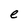
Character: e